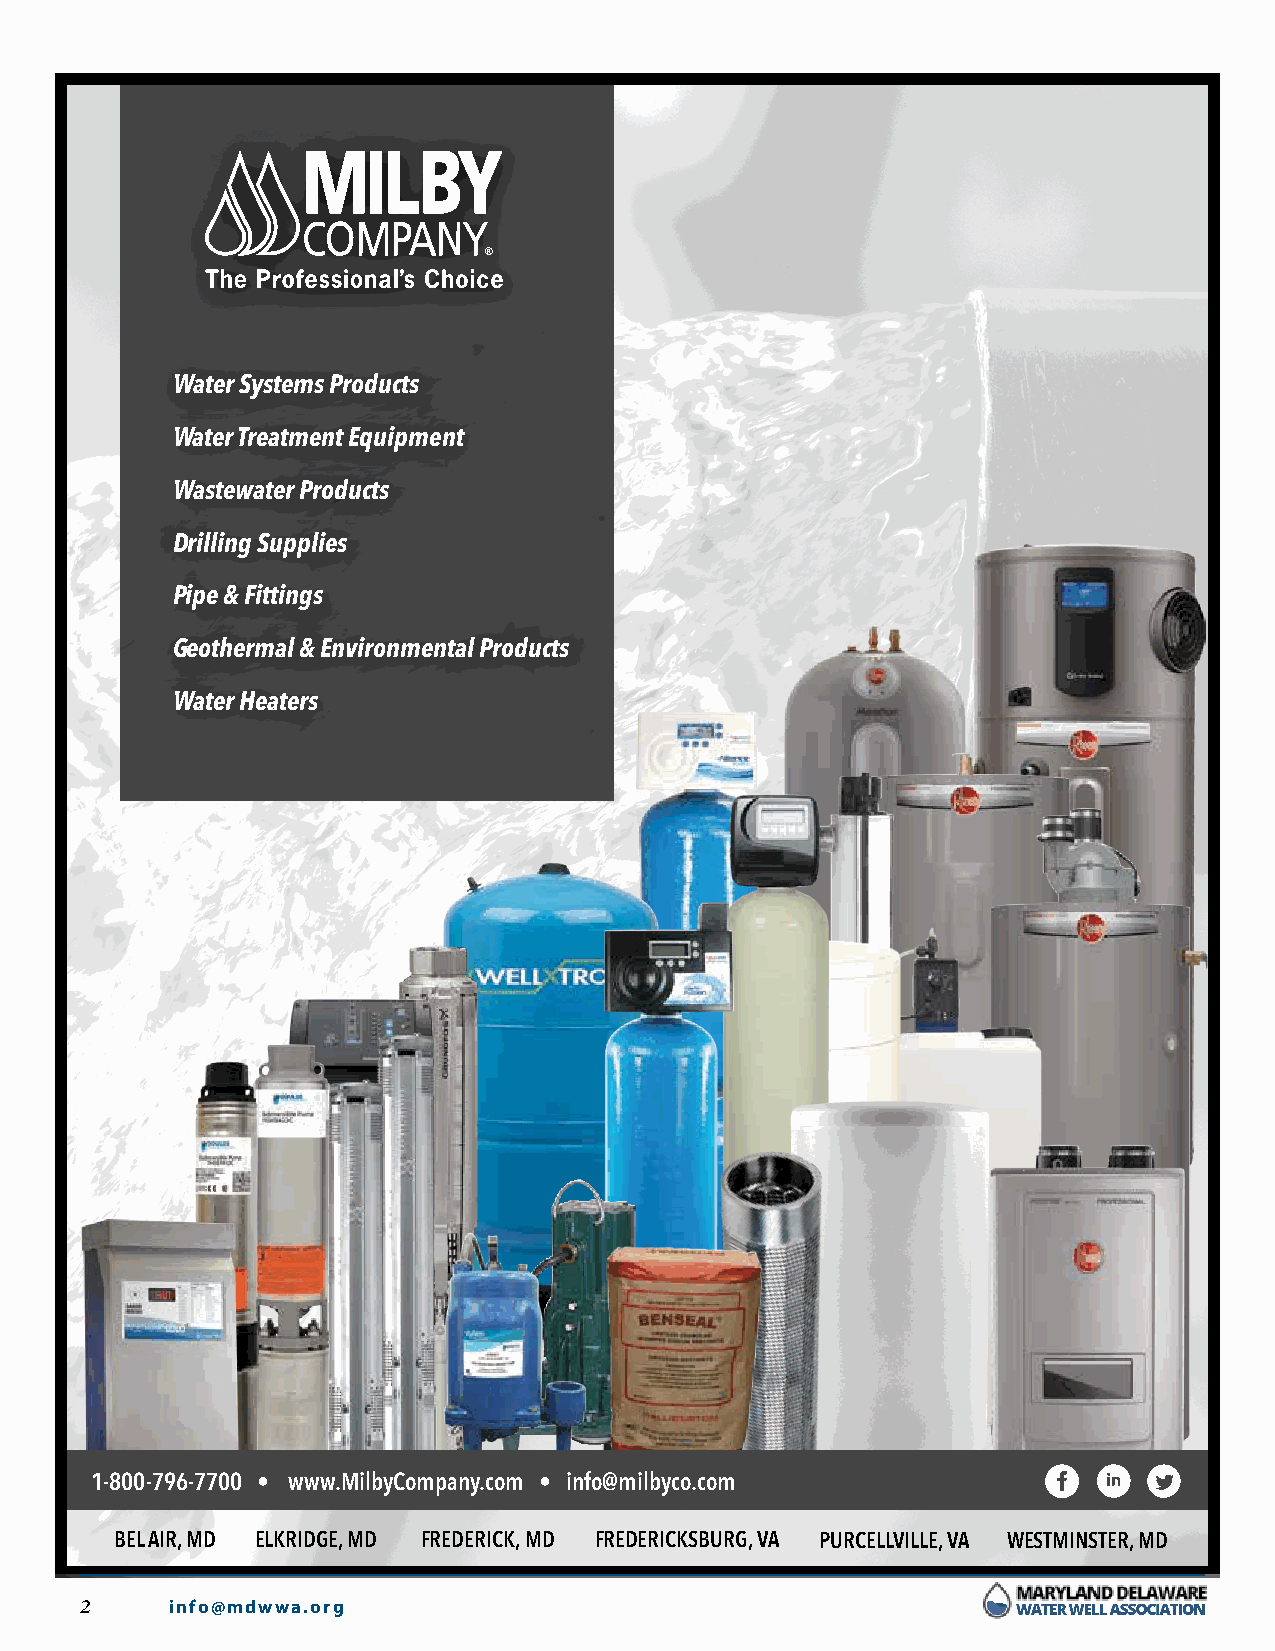
®
 Water Systems Products
 Water Treatment Equipment
 Wastewater Products
 Drilling Supplies
 Pipe & Fittings
 Geothermal & Environmental Products
 Water Heaters
 1-800-796-7700 • www.MilbyCompany.com • info@milbyco.com
 BEL AIR, MD ELKRIDGE, MD FREDERICK, MD FREDERICKSBURG, VA PURCELLVILLE, VA WESTMINSTER, MD
 2     info@mdwwa.org
 mdwwa_wc20 x.indd 2                                                      12/19/2019 12:55:24 PM